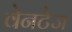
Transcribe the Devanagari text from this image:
वेनटेज